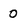
Character: 0